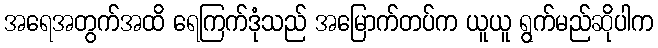
အရေအတွက်အထိ ရေကြက်ဒုံသည် အမြောက်တပ်က ယူယူ ရွက်မည်ဆိုပါက